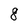
Character: 8